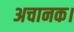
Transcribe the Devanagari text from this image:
अचानक।